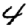
Digit: 4